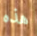
هذه